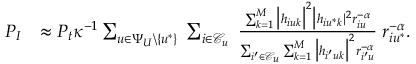
\begin{array} { r l } { P _ { I } } & { \approx P _ { t } \kappa ^ { - 1 } \sum _ { u \in \Psi _ { U } \backslash \{ u ^ { * } \} } \; \sum _ { i \in \mathcal { C } _ { u } } \; \frac { \sum _ { k = 1 } ^ { M } \big | h _ { i u k } \big | ^ { 2 } \big | h _ { i u ^ { * } k } | ^ { 2 } r _ { i u } ^ { - \alpha } } { \sum _ { i ^ { \prime } \in \mathcal { C } _ { u } } \sum _ { k = 1 } ^ { M } \big | h _ { i ^ { \prime } u k } \big | ^ { 2 } r _ { i ^ { \prime } u } ^ { - \alpha } } \; r _ { i u ^ { * } } ^ { - \alpha } . } \end{array}